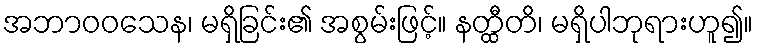
အဘာဝဝသေန၊ မရှိခြင်း၏ အစွမ်းဖြင့်။ နတ္ထီတိ၊ မရှိပါဘုရားဟူ၍။